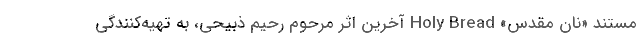
مستند «نان مقدس» Holy Bread آخرین اثر مرحوم رحیم ذبیحی، به تهیه‌کنندگی